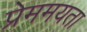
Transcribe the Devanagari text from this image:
प्रेममयता